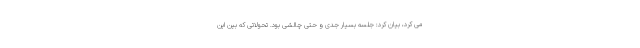
می کرد، بیان کرد: جلسه بسیار جدی و حتی چالشی بود. تحولاتی که بین این